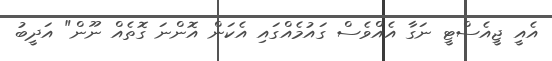
އެއީ ޖީއެސްޓީ ނަގާ އެއްވެސް ގައުމެއްގައި އެކަން އޮންނަ ގޮތެއް ނޫން" އަދީބު